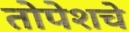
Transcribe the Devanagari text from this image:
तोपेशचे